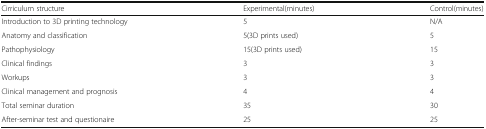
<table><thead><tr><td><b>Cirriculum structure</b></td><td><b>Experimental(minutes)</b></td><td><b>Control(minutes)</b></td></tr></thead><tbody><tr><td>Introduction to 3D printing technology</td><td>5</td><td>N/A</td></tr><tr><td>Anatomy and classification</td><td>5(3D prints used)</td><td>5</td></tr><tr><td>Pathophysiology</td><td>15(3D prints used)</td><td>15</td></tr><tr><td>Clinical findings</td><td>3</td><td>3</td></tr><tr><td>Workups</td><td>3</td><td>3</td></tr><tr><td>Clinical management and prognosis</td><td>4</td><td>4</td></tr><tr><td>Total seminar duration</td><td>35</td><td>30</td></tr><tr><td>After-seminar test and questionaire</td><td>25</td><td>25</td></tr></tbody></table>